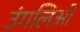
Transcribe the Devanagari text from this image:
उंगलिओं